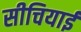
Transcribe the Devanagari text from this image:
सीचियाई